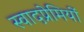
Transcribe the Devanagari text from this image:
स्वादप्रेमियों